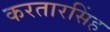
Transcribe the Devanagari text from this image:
करतारसिंह